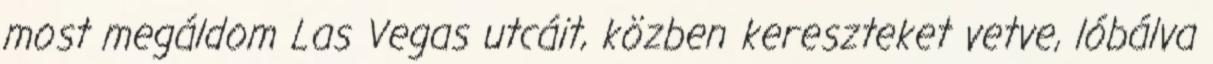
most megáldom Las Vegas utcáit, közben kereszteket vetve, lóbálva